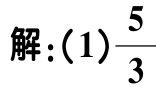
解：(1)$\frac{5}{3}$